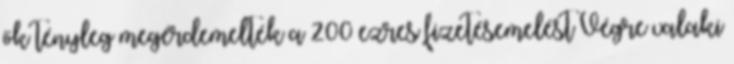
ők tényleg megérdemelték a 200 ezres fizetésemelést Végre valaki